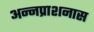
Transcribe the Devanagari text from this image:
अन्नप्राशनास